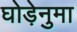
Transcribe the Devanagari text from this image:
घोड़ेनुमा